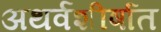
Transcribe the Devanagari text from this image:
अथर्वशीर्षात